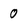
Character: 0